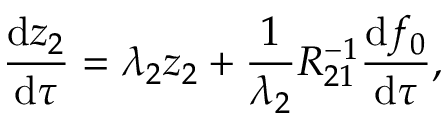
\frac { \mathrm { d } z _ { 2 } } { \mathrm { d } \tau } = \lambda _ { 2 } z _ { 2 } + \frac { 1 } { \lambda _ { 2 } } R _ { 2 1 } ^ { - 1 } \frac { \mathrm { d } f _ { 0 } } { \mathrm { d } \tau } ,